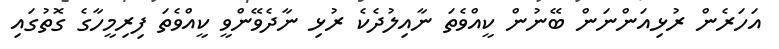
އަހަރެން ރުޅިއަންނަން ބޭނުން ކީއްވެތަ ނާއިލުދެކެ ރުޅި ނާދެވޭންވީ ކީއްވެތަ ފިރިމީހާގެ ގޮތުގައި